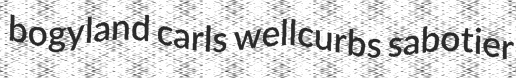
bogyland carls wellcurbs sabotier